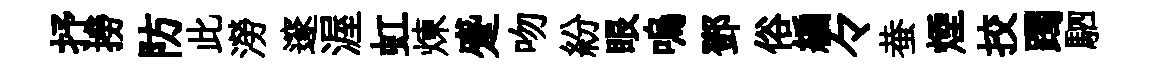
抒撈防此澇邃渥虹煉蹙吻紛眼嗚鄧俗編々蛬煙挍躅駟